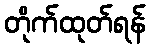
တိုက်ထုတ်ရန်